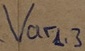
Text: Varl3